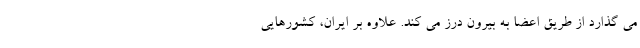
می گذارد از طریق اعضا به بیرون درز می کند. علاوه بر ایران، کشورهایی